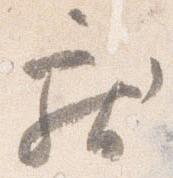
献